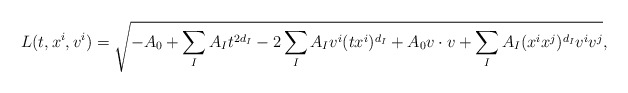
\begin{align*} L(t,x^i,v^i)=\sqrt{-A_0+\sum_IA_It^{2d_I}-2\sum_IA_Iv^i(tx^i)^{d_I}+A_0v\cdot v+\sum_IA_I(x^ix^j)^{d_I}v^iv^j},\end{align*}